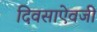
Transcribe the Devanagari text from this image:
दिवसाऐवजी